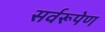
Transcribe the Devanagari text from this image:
सर्वरूपेण